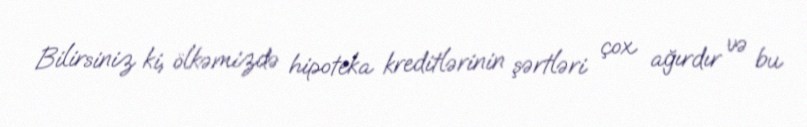
Bilirsiniz ki, ölkəmizdə hipoteka kreditlərinin şərtləri çox ağırdır və bu